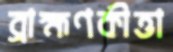
ব্রাহ্মণকীত্তা